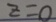
z = 0